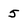
Character: 5